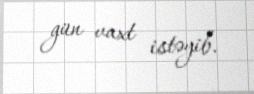
gün vaxt istəyib.